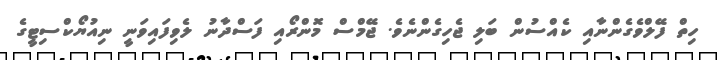
ހިތް ފޭލްވެގެންނާއި ކެއްސުން ބަލި ޖެހިގެންނެވެ. ޖޭމްސް މޮންރޯއި ފަސްދާނު ލެވިފައިވަނީ ނިއުޔޯކްސިޓީގެ